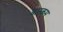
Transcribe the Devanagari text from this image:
बास्कम